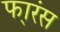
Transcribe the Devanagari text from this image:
फा्रंस